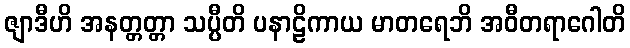
ဇျာဒီဟိ အနတ္တတ္တာ သပ္ပီတိ ပနာဠိကာယ မာတရေဘိ အဝီတရာဂေါတိ